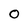
Character: 0